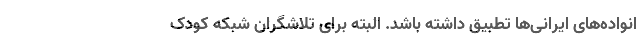
انواده‌های ایرانی‌ها تطبیق داشته باشد. البته برای تلاشگران شبکه کودک